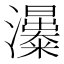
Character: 𤄗